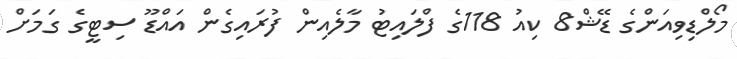
މޯލްޑިވިއަންގެ ޑޭޝް8 ކިއު 118ގެ ފްލައިޓު މާލެއިން ފުރައިގެން އައްޑޫ ސިޓީގެ ގަމަށް